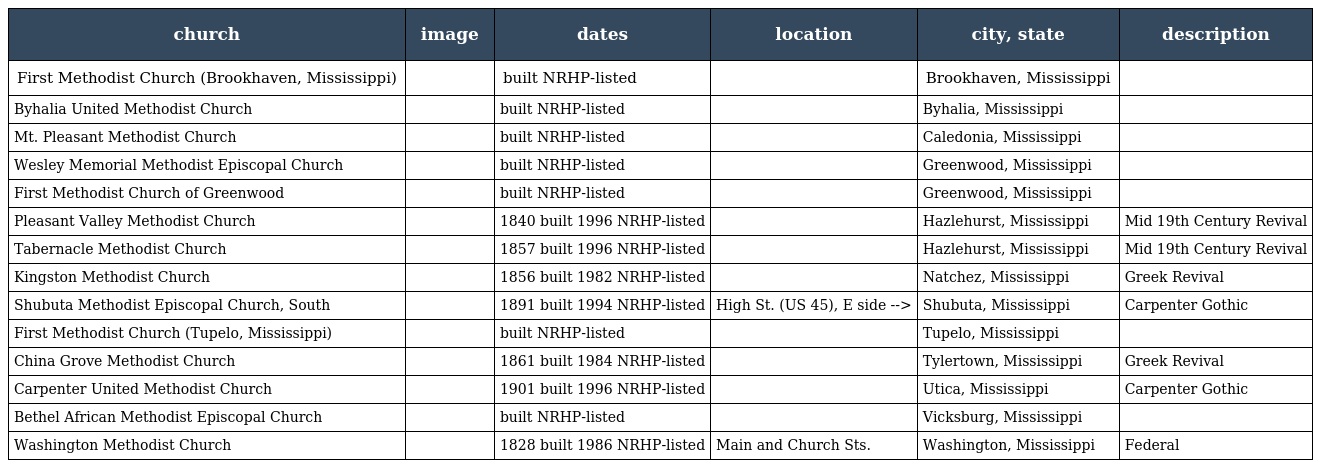
| church | image | dates | location | city, state | description |
 | --- | --- | --- | --- | --- | --- |
 | First Methodist Church (Brookhaven, Mississippi) |  | built NRHP-listed |  | Brookhaven, Mississippi |  |
 | Byhalia United Methodist Church |  | built NRHP-listed |  | Byhalia, Mississippi |  |
 | Mt. Pleasant Methodist Church |  | built NRHP-listed |  | Caledonia, Mississippi |  |
 | Wesley Memorial Methodist Episcopal Church |  | built NRHP-listed |  | Greenwood, Mississippi |  |
 | First Methodist Church of Greenwood |  | built NRHP-listed |  | Greenwood, Mississippi |  |
 | Pleasant Valley Methodist Church |  | 1840 built 1996 NRHP-listed |  | Hazlehurst, Mississippi | Mid 19th Century Revival |
 | Tabernacle Methodist Church |  | 1857 built 1996 NRHP-listed |  | Hazlehurst, Mississippi | Mid 19th Century Revival |
 | Kingston Methodist Church |  | 1856 built 1982 NRHP-listed |  | Natchez, Mississippi | Greek Revival |
 | Shubuta Methodist Episcopal Church, South |  | 1891 built 1994 NRHP-listed | High St. (US 45), E side --> | Shubuta, Mississippi | Carpenter Gothic |
 | First Methodist Church (Tupelo, Mississippi) |  | built NRHP-listed |  | Tupelo, Mississippi |  |
 | China Grove Methodist Church |  | 1861 built 1984 NRHP-listed |  | Tylertown, Mississippi | Greek Revival |
 | Carpenter United Methodist Church |  | 1901 built 1996 NRHP-listed |  | Utica, Mississippi | Carpenter Gothic |
 | Bethel African Methodist Episcopal Church |  | built NRHP-listed |  | Vicksburg, Mississippi |  |
 | Washington Methodist Church |  | 1828 built 1986 NRHP-listed | Main and Church Sts. | Washington, Mississippi | Federal |